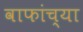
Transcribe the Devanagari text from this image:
वाफांच्या